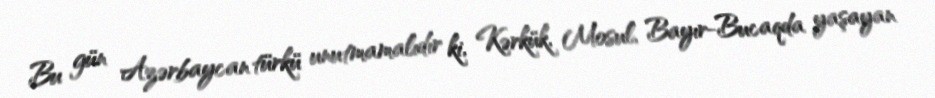
Bu gün Azərbaycan türkü unutmamalıdır ki, Kərkük, Mosul, Bayır-Bucaqda yaşayan